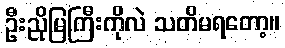
ဦးညိုမြကြီးကိုလဲ သတိမရတော့။